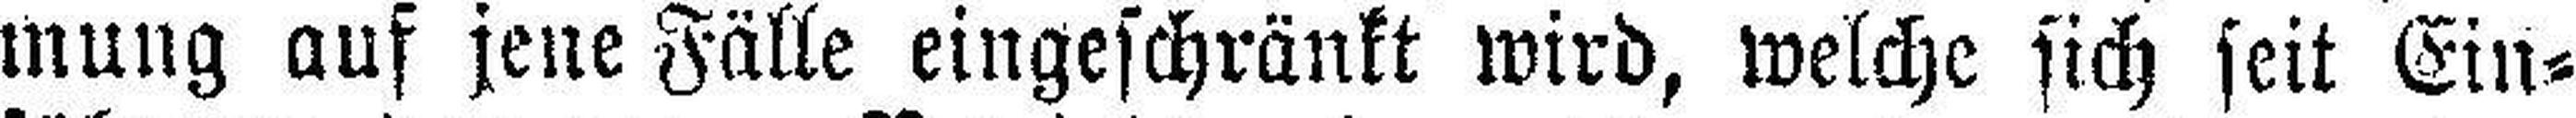
mung auf jene Fälle eingeschränkt wird, welche sich seit Ein¬